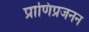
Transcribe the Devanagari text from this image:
प्राणिप्रजनन